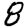
Digit: 8